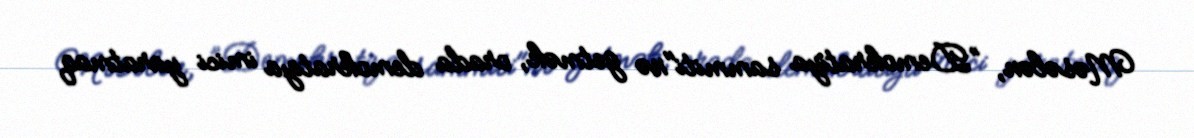
Məsələn, ”Demokratiya sammiti"nə getmək, orada demokratiya imici yaratmaq